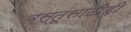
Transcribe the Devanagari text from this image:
वस्तूंसाठीही